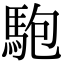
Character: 䮀